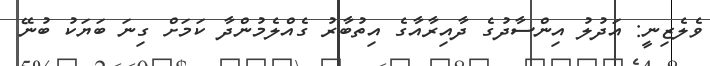
ވެލެޒިނީ: އަދުލު އިންސާދުގެ ދާއިރާއާގެ އިތުބާރު ގެއްލެމުންދާ ކަމަށް ގިނަ ބަޔަކު ބުނޭ